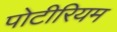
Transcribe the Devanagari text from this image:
पोटीरियम